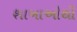
શાખાઓથી